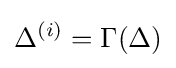
\Delta ^{(i)}=\Gamma (\Delta )